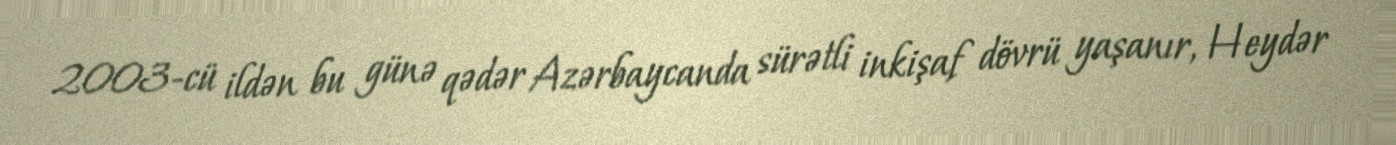
2003-cü ildən bu günə qədər Azərbaycanda sürətli inkişaf dövrü yaşanır, Heydər